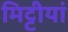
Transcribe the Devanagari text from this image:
मिट्टीयां